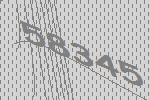
58345